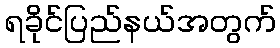
ရခိုင်ပြည်နယ်အတွက်